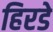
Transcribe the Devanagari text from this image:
हिरडे